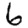
Digit: 6